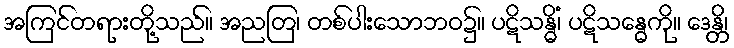
အကြင်တရားတို့သည်။ အညတြ၊ တစ်ပါးသောဘဝ၌။ ပဋိသန္ဓိံ၊ ပဋိသန္ဓေကို။ ဒေန္တိ၊